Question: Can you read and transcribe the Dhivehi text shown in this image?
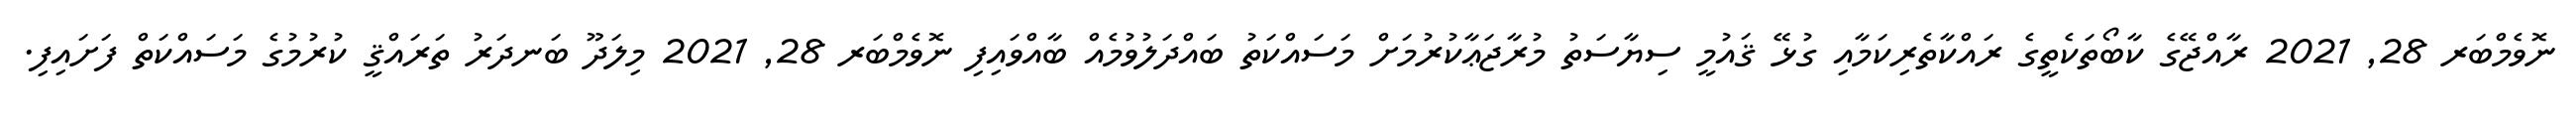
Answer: ނޮވެމްބަރ 28, 2021 ރާއްޖޭގެ ކާބޯތަކެތީގެ ރައްކާތެރިކަމާއި ގުޅޭ ޤައުމީ ސިޔާސަތު މުރާޖަޢާކުރުމަށް މަސައްކަތު ބައްދަލުވުމެއް ބާއްވައިފި ނޮވެމްބަރ 28, 2021 މިލަދޫ ބަނދަރު ތަރައްޤީ ކުރުމުގެ މަސައްކަތް ފަށައިފި.